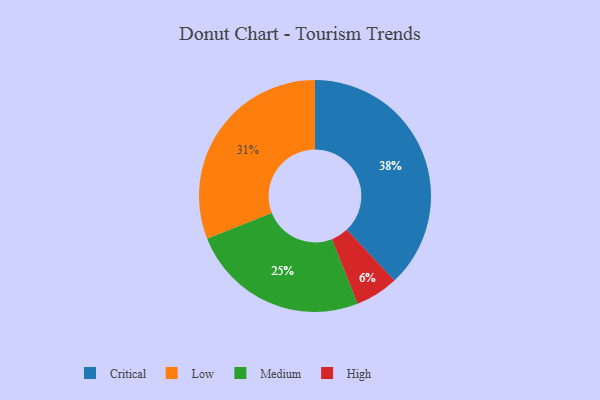
{"axis": {"x": "Category", "y": "Percentage"}, "legend": ["Critical", "High", "Low", "Medium"], "data": [{"x": "Low", "y": 31, "type": "Low"}, {"x": "Critical", "y": 38, "type": "Critical"}, {"x": "High", "y": 6, "type": "High"}, {"x": "Medium", "y": 25, "type": "Medium"}]}